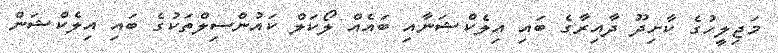
މަޖިލީހުގެ ކާށިދޫ ދާއިރާގެ ބައި އިލެކްޝަނާއި ބައެއް ލޯކަލް ކައުންސިލްތަކުގެ ބައި އިލެކްޝަން